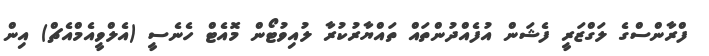
ފްރާންސްގެ ލަގްޒަރީ ފެޝަން އުފެއްދުންތައް ތައްޔާރުކުރާ ލުއިވުޓޯން މޮއެޓް ހެނެސީ (އެލްވީއެމްއެޗް) އިން